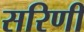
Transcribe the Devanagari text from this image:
सरिणी